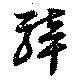
騂